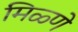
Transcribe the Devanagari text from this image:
मिळ्णे